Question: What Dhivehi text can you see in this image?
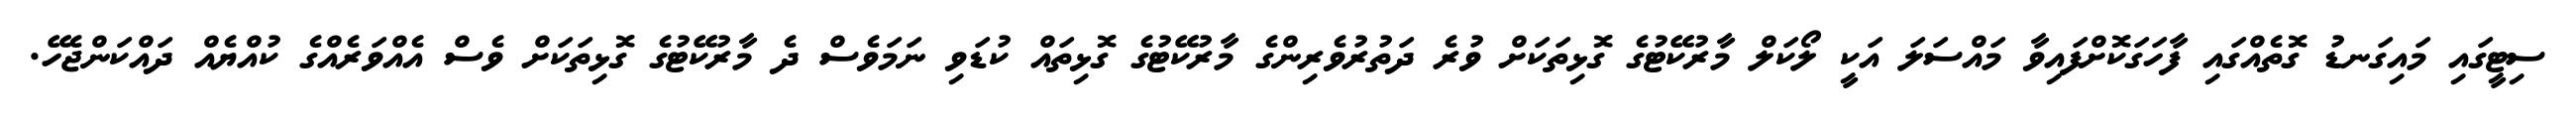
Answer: ސިޓީގައި މައިގަނޑު ގޮތެއްގައި ފާހަގަކޮށްފައިވާ މައްސަލަ އަކީ ލޯކަލް މާރުކޭޓުގެ ގޮޅިތަކަށް ވުރެ ދަތުރުވެރިންގެ މާރުކޭޓުގެ ގޮޅިތައް ކުޑަވި ނަމަވެސް ދެ މާރުކޭޓުގެ ގޮޅިތަކަށް ވެސް އެއްވަރެއްގެ ކުއްޔެއް ދައްކަންޖެހޭ.